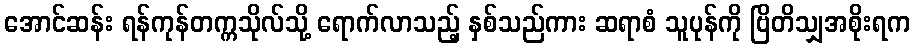
အောင်ဆန်း ရန်ကုန်တက္ကသိုလ်သို့ ရောက်လာသည့် နှစ်သည်ကား ဆရာစံ သူပုန်ကို ဗြိတိသျှအစိုးရက